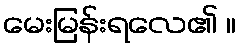
မေးမြန်းရလေ၏ ။